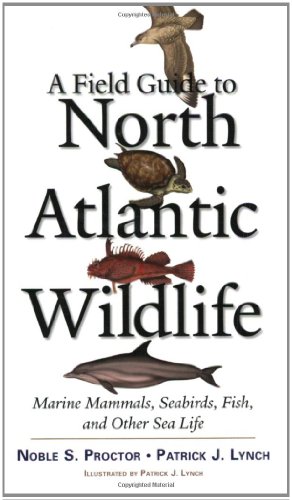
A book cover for A Field Guide to North Atlantic Wildlife: Marine Mammals, Seabirds, Fish, and Other Sea Life; Noble S. Proctor; Sports & Outdoors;